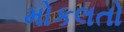
મોકલતો